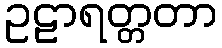
ဥဠာရတ္တတာ